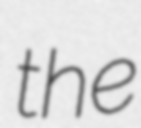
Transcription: the